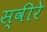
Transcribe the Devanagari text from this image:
स्वीरे